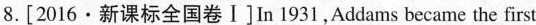
8.[2016·新课标全国卷Ⅰ ]In 1931,Addams became the first